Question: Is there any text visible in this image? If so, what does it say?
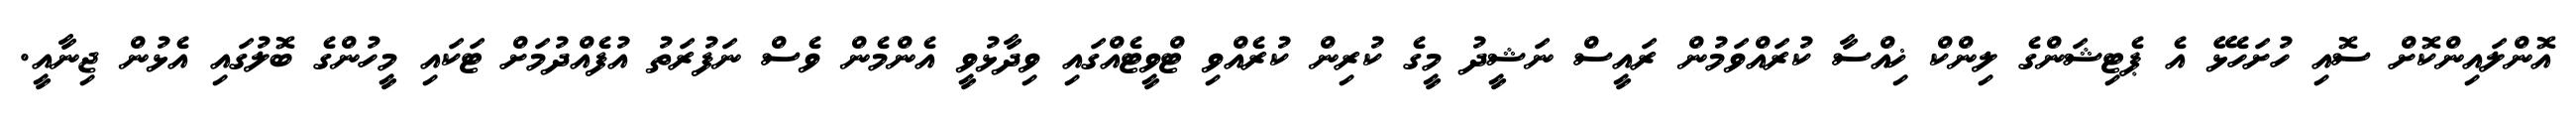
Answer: އޮންލައިންކޮށް ސޮއި ހުށަހެޅޭ އެ ޕެޓިޝަންގެ ލިންކް ޚިއްސާ ކުރައްވަމުން ރައީސް ނަޝީދު މީގެ ކުރިން ކުރެއްވި ޓްވީޓެއްގައި ވިދާޅުވީ އެންމެން ވެސް ނަފުރަތު އުފެއްދުމަށް ޓަކައި މީހުންގެ ބޮލުގައި އެޅުން ޖިނާއީ.